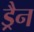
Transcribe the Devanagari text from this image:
ड्रैन